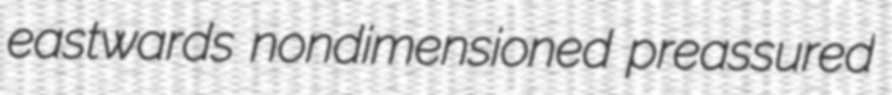
eastwards nondimensioned preassured